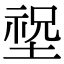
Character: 𡎺